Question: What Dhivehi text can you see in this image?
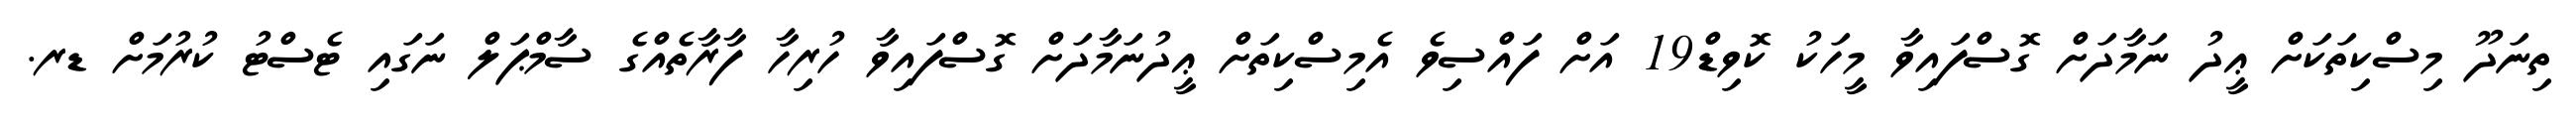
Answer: ތިނަދޫ މިސްކިތަކަށް ޢީދު ނަމާދަށް ގޮސްފައިވާ މީހަކު ކޮވިޑް19 އަށް ފައްސިވެ އެމިސްކިތަށް ޢީދުނަމާދަށް ގޮސްފައިވާ ހުރިހާ ފާރާތެއްގެ ސާމްޕަލް ނަގައި ޓެސްޓު ކުރުމަށް ޑރ.